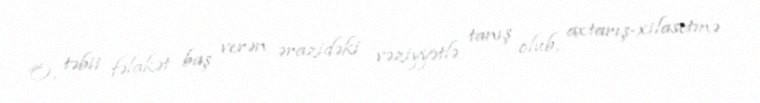
O, təbii fəlakət baş verən ərazidəki vəziyyətlə tanış olub, axtarış-xilasetmə